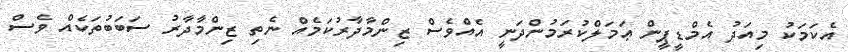
އެކަމަކު މިއަދު އެމްޑީޕީން ޢަމަލްކުރަމުންދަނީ އެއްވެސް ޒިންމާދާރުކަމެއް ނެތި ޒިންމާދާރު ސަބަބުތަކެއް ވެސް